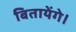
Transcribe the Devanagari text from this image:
बितायेंगे।